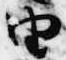
由